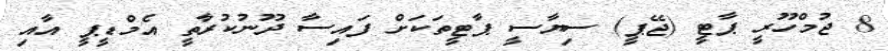
8 ޖުމްހޫރީ ޕާޓީ (ޖޭޕީ) ސިޔާސީ ޕާޓީތަކަށް ފައިސާ ދޫނުކުރާތީ އެމްޑީޕީ އާއި